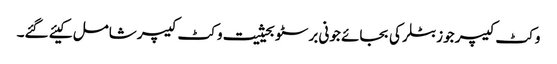
وکٹ کیپر جوز بٹلر کی بجائے جونی برسٹو بحیثیت وکٹ کیپر شامل کیئے گئے۔